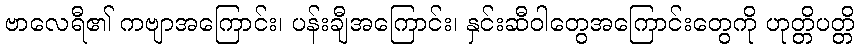
ဗာလေရီ၏ ကဗျာအကြောင်း၊ ပန်းချီအကြောင်း၊ နှင်းဆီဝါတွေအကြောင်းတွေကို ဟုတ္တိပတ္တိ